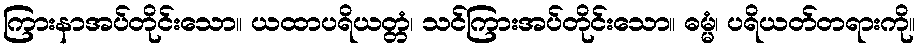
ကြားနာအပ်တိုင်းသော။ ယထာပရိယတ္တံ၊ သင်ကြားအပ်တိုင်းသော။ ဓမ္မံ၊ ပရိယတ်တရားကို။